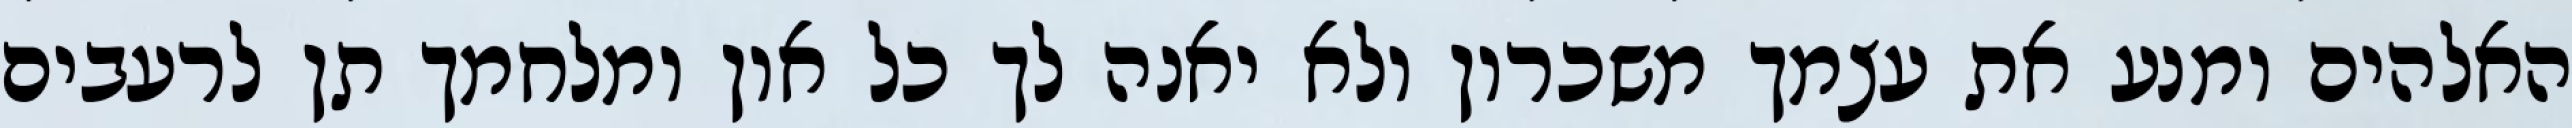
האלהים ומנע את עצמך משכרון ולא יאנה לך כל און ומלחמך תן לרעבים